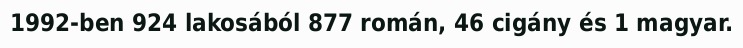
1992-ben 924 lakosából 877 román, 46 cigány és 1 magyar.